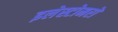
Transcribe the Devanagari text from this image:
इलेस्टोमरों